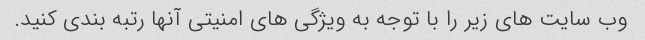
وب سایت های زیر را با توجه به ویژگی های امنیتی آنها رتبه بندی کنید.